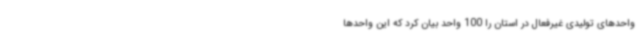
واحدهای تولیدی غیرفعال در استان را 100 واحد بیان کرد که این واحدها